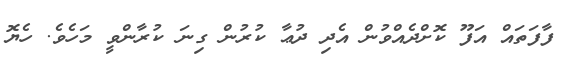
ފާފަތައް އަފޫ ކޮށްދެއްވުން އެދި ދުޢާ ކުރުން ގިނަ ކުރާންވީ މަހެވެ. ހެޔޮ